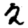
Digit: 2